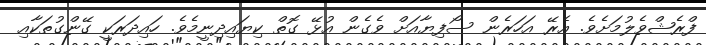
ފްރެޝްވެލުމަށެވެ. އެރޭ އަހަރެން ސޯފިޔާއަށް ވެގެން އުޅޭ ގޮތް ކިޔައިދިނީމެވެ. ހައިދަރަކީ ގޭންގުތަކާއި